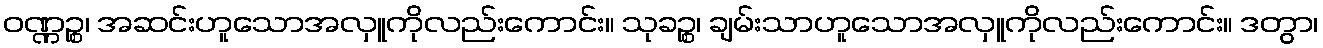
ဝဏ္ဏဉ္စ၊ အဆင်းဟူသောအလှူကိုလည်းကောင်း။ သုခဉ္စ၊ ချမ်းသာဟူသောအလှူကိုလည်းကောင်း။ ဒတွာ၊